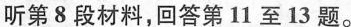
听第8段材料，回答第11至13题。